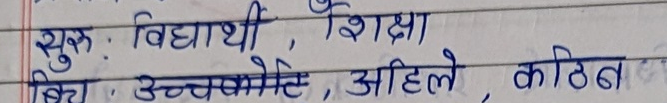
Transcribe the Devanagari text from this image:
शुरु: विद्यार्थी, शिक्षा
विच: उच्चकोटि, अहिले, कठिन